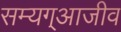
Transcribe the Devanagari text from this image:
सम्यग्आजीव